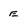
Character: e